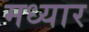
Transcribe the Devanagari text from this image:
मध्यार